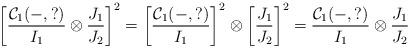
LaTeX: \begin{align*} \left[\frac{\mathcal{C}_1 (-,?)}{I_1}\otimes \frac{J_1}{J_2}\right]^2=\left[\frac{\mathcal{C}_1 (-,?)}{I_1}\right]^2\otimes \left[ \frac{J_1}{J_2}\right]^2=\frac{\mathcal{C}_1 (-,?)}{I_1}\otimes \frac{J_1}{J_2} \end{align*}